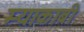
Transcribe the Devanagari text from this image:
म्याकाबी